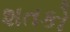
શતકો